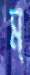
ম্